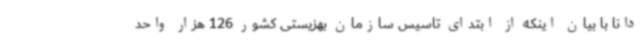
دانا با بیان اینکه از ابتدای تاسیس سازمان بهزیستی کشور 126 هزار واحد